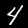
Label: 4